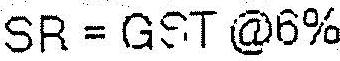
SR = GST @6%